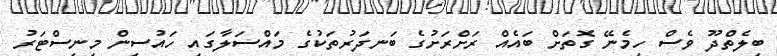
ބިލެތްދޫ ވެސް ހިމެނޭ ގޮތަށް ބައެއް ރަށްރަށުގެ ބަނދަރުތަކުގެ މައްސަލާގައި ހައުސިން މިނިސްޓަރު